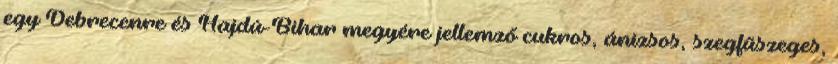
egy Debrecenre és Hajdú-Bihar megyére jellemző cukros, ánizsos, szegfűszeges,